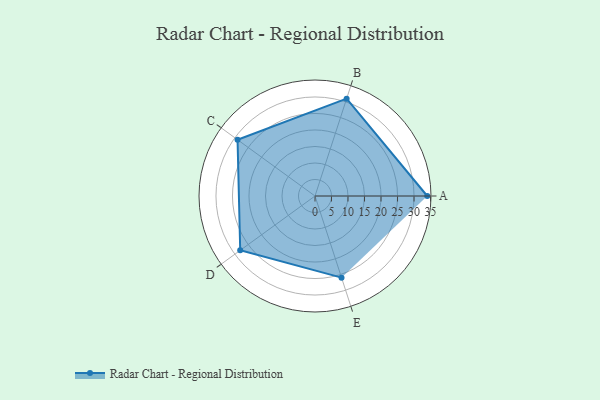
{"axis": {"x": "Skill", "y": "Score"}, "legend": ["Profile"], "data": [{"x": "A", "y": 34.0, "type": "Profile"}, {"x": "B", "y": 31.0, "type": "Profile"}, {"x": "C", "y": 29.0, "type": "Profile"}, {"x": "D", "y": 28.0, "type": "Profile"}, {"x": "E", "y": 26.0, "type": "Profile"}]}